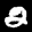
Label: 2